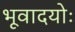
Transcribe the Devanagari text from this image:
भूवादयोः